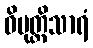
ဝိမုတ္တိသာရံ